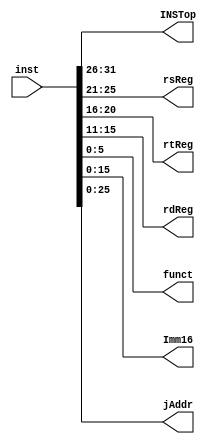
module InstSpliter(
    input [31:0] inst,
    output reg [5:0]INSTop,
    output reg [4:0] rsReg,
    output reg [4:0] rtReg,
    output reg [4:0] rdReg,
    output reg [5:0] funct,
    output reg [15:0] Imm16,
    output reg [25:0] jAddr
);
    initial begin
        INSTop = 6'b00_0000;
        rsReg = 5'b0_0000;
        rtReg = 5'b0_0000;
        rdReg = 5'b0_0000;
        funct = 6'b00_0000;
        Imm16 = 16'h00;
        jAddr = 0;
    end

    always @(*) begin
        INSTop = inst[31:26];
        rsReg = inst[25:21];
        rtReg = inst[20:16];
        rdReg = inst[15:11];
        funct = inst[5:0];
        Imm16 = inst[15:0];
        jAddr = inst[25:0];
    end
    

endmodule // InstSpliter